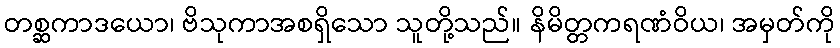
တစ္ဆကာဒယော၊ ဗိသုကာအစရှိသော သူတို့သည်။ နိမိတ္တကရဏံဝိယ၊ အမှတ်ကို